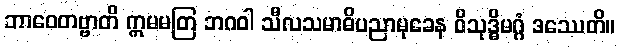
ဘာဝေတဗ္ဗာတိ ဣမမတြ ဘဂဝါ သီလသမာဓိပညာမုခေန ဝိသုဒ္ဓိမဂ္ဂံ ဒဿေတိ။